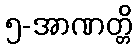
၅-အာဏတ္တိ